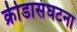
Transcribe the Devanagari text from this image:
क्रीडासंघटना